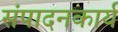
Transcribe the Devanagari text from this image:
संपादनकार्य